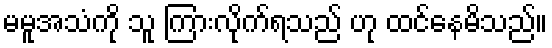
မမူအသံကို သူ ကြားလိုက်ရသည် ဟု ထင်နေမိသည်။